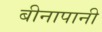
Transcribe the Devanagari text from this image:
बीनापानी